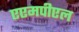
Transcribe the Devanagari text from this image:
एएमपीएल